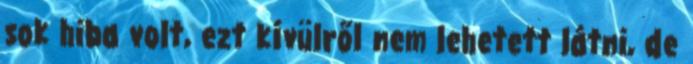
sok hiba volt, ezt kívülről nem lehetett látni, de